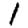
Digit: 1